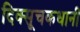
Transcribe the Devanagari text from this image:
दिक्सूचकधानी